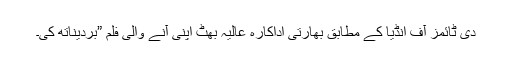
دی ٹائمز آف انڈیا کے مطابق بھارتی اداکارہ عالیہ بھٹ اپنی آنے والی فلم ”بردیناتھ کی۔